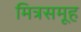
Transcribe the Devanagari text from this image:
मित्रसमूह